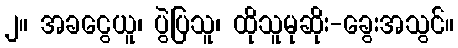
၂။ အခငွေယူ၊ ပွဲပြသူ၊ ထိုသူမုဆိုး-ခွေးအသွင်။